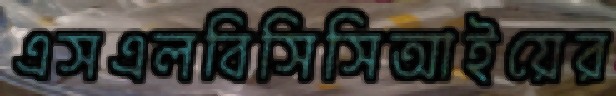
এসএলবিসিসিআইয়ের